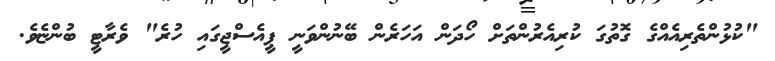
"ކުޅުންތެރިއެއްގެ ގޮތުގަ ކުރިއެރުންތަށް ހޯދަން އަހަރެން ބޭނުންވަނީ ޕީއެސްޖީގައި ހުރެ" ވެރާޓީ ބުންޏެވެ.